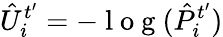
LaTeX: \hat{U}_{i}^{t^{\prime}}=-\mathrm{~l~o~g~}(\hat{P}_{i}^{t^{\prime}})